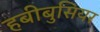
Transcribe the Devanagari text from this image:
हबीबुसियर